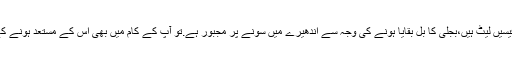
اسکول کے بچوں کی فیسیں لیٹ ہیں،بجلی کا بل بقایا ہونے کی وجہ سے اندھیرے میں سونے پر مجبور ہے.تو آپ کے کام میں بھی اس کے مستعد ہونے کے کوئی امکانات نہیں۔